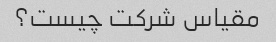
مقیاس شرکت چیست؟